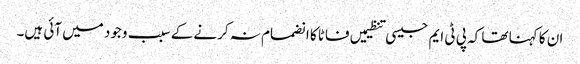
ان کا کہنا تھا کہ پی ٹی ایم جیسی تنظیمیں فاٹا کا انضمام نہ کرنے کے سبب وجود میں آئی ہیں۔